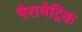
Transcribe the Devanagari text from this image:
पैरामेट्रिक